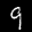
Label: 9